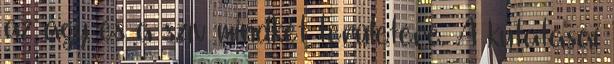
az agy és a szív mindkét területére. A kutatásai